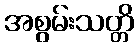
အစွမ်းသတ္တိ